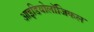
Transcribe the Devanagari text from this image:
आइडियोलॉजिकल